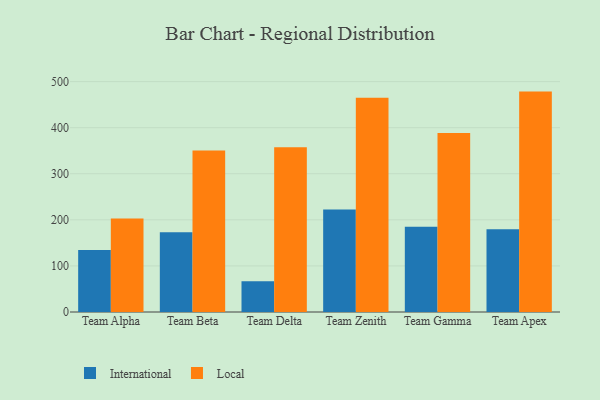
{"axis": {"x": "Team", "y": "Revenue (USD Million)"}, "legend": ["International", "Local"], "data": [{"x": "Team Alpha", "y": 134.3, "type": "International"}, {"x": "Team Alpha", "y": 202.7, "type": "Local"}, {"x": "Team Beta", "y": 173.2, "type": "International"}, {"x": "Team Beta", "y": 350.6, "type": "Local"}, {"x": "Team Delta", "y": 66.8, "type": "International"}, {"x": "Team Delta", "y": 357.8, "type": "Local"}, {"x": "Team Zenith", "y": 222.7, "type": "International"}, {"x": "Team Zenith", "y": 464.9, "type": "Local"}, {"x": "Team Gamma", "y": 185.2, "type": "International"}, {"x": "Team Gamma", "y": 388.5, "type": "Local"}, {"x": "Team Apex", "y": 179.5, "type": "International"}, {"x": "Team Apex", "y": 478.3, "type": "Local"}]}